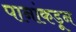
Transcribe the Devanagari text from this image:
पानांकडून